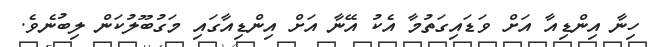
ހިނާ އިންޑިއާ އަށް ވަޑައިގަތުމާ އެކު އޭނާ އަށް އިންޑިއާގައި މަގުބޫލުކަން ލިބުނެވެ.